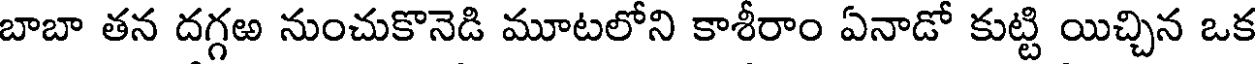
బాబా తన దగ్గఱ నుంచుకొనెడి మూటలోని కాశీరాం ఏనాడో కుట్టి యిచ్చిన ఒక